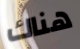
هناك